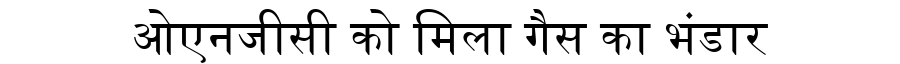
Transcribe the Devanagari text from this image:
ओएनजीसी को मिला गैस का भंडार